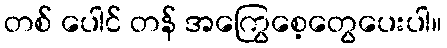
တစ် ပေါင် တန် အကြွေစေ့တွေပေးပါ။